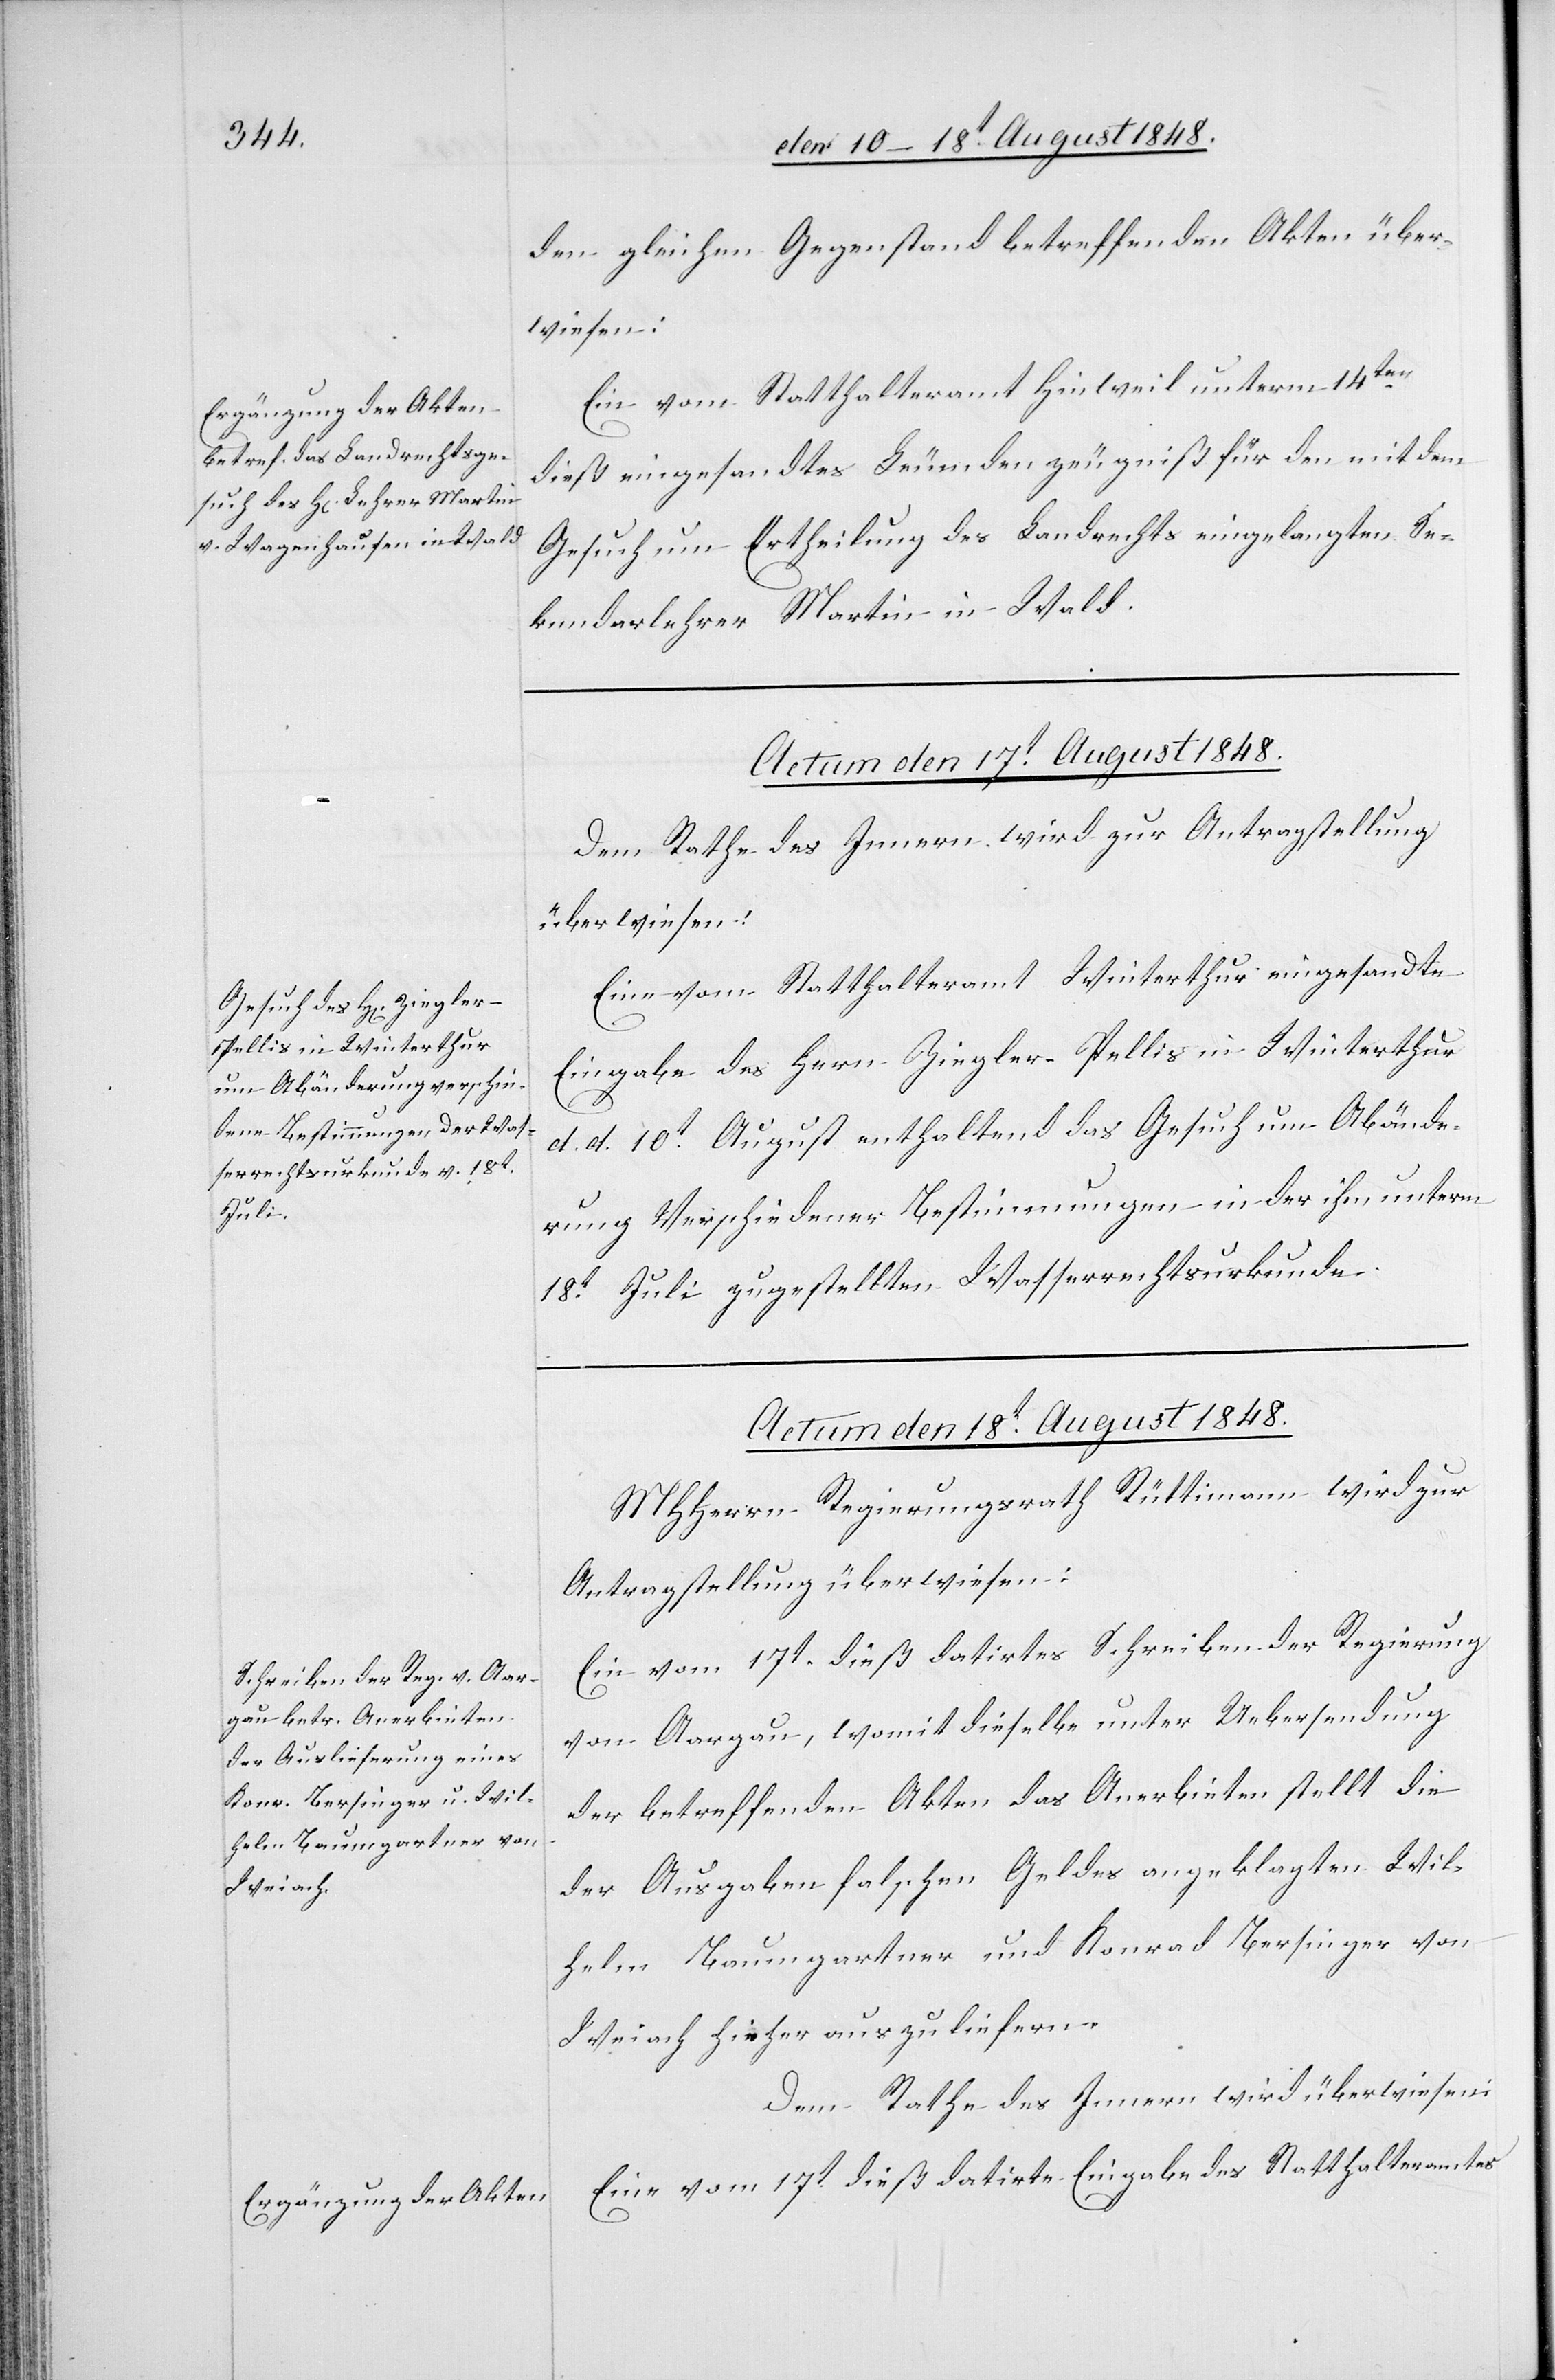
den gleichen Gegenstand betreffenden Akten über¬
wiesen:
Ein vom Statthalteramt Hinweil unterm 14ten
dieß eingesandtes Leumdenzeugniß für den mit dem
Gesuch um Ertheilung des Landrechts eingelangten Se¬
kundarlehrer Martin in Wald.
Actum den 18t August 1848.]
Dem Rathe des Innern wird zur Antragstellung
überwiesen:
Eine vom Statthalteramt Winterthur eingesandte
Eingabe des Hern [sic!] Ziegler-Pellis in Winterthur
d. d. 10t August enthaltend das Gesuch um Abände¬
rung Verschiedener [sic!] Bestimmungen in der ihm unterm
18t Juli zugestellten Wasserrechtsurkunde.
Actum den 18t August 1848.
MHHerrn Regierungsrath Rüttimann wird zur
Antragstellung überwiesen:
Ein vom 17t dieß datirtes Schreiben der Regierung
von Aargau, womit dieselbe unter Uebersendung
der betreffenden Akten das Anerbieten stellt die
der Ausgaben falschen Geldes angeklagten Wil¬
helm Baumgartner und Konrad Bersinger von
Weiach hieher auszuliefern.
Dem Rathe des Innern wird überwiesen:
Eine vom 17t dieß datirte Eingabe des Statthalteramtes